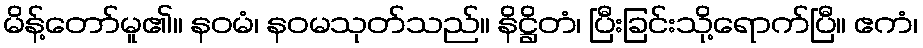
မိန့်တော်မူ၏။ နဝမံ၊ နဝမသုတ်သည်။ နိဋ္ဌိတံ၊ ပြီးခြင်းသို့ရောက်ပြီ။ ဧကံ၊